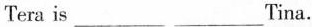
Tera is ___ ___Tina.